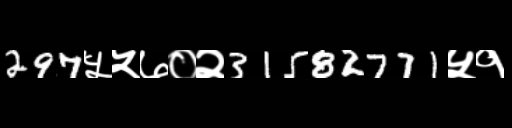
Text: 297५५७०२31582771५१